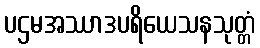
ပဌမအဿာဒပရိယေသနသုတ္တံ